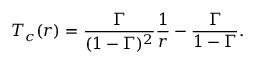
T _ { c } ( r ) = \frac { \Gamma } { ( 1 - \Gamma ) ^ { 2 } } \frac { 1 } { r } - \frac { \Gamma } { 1 - \Gamma } .